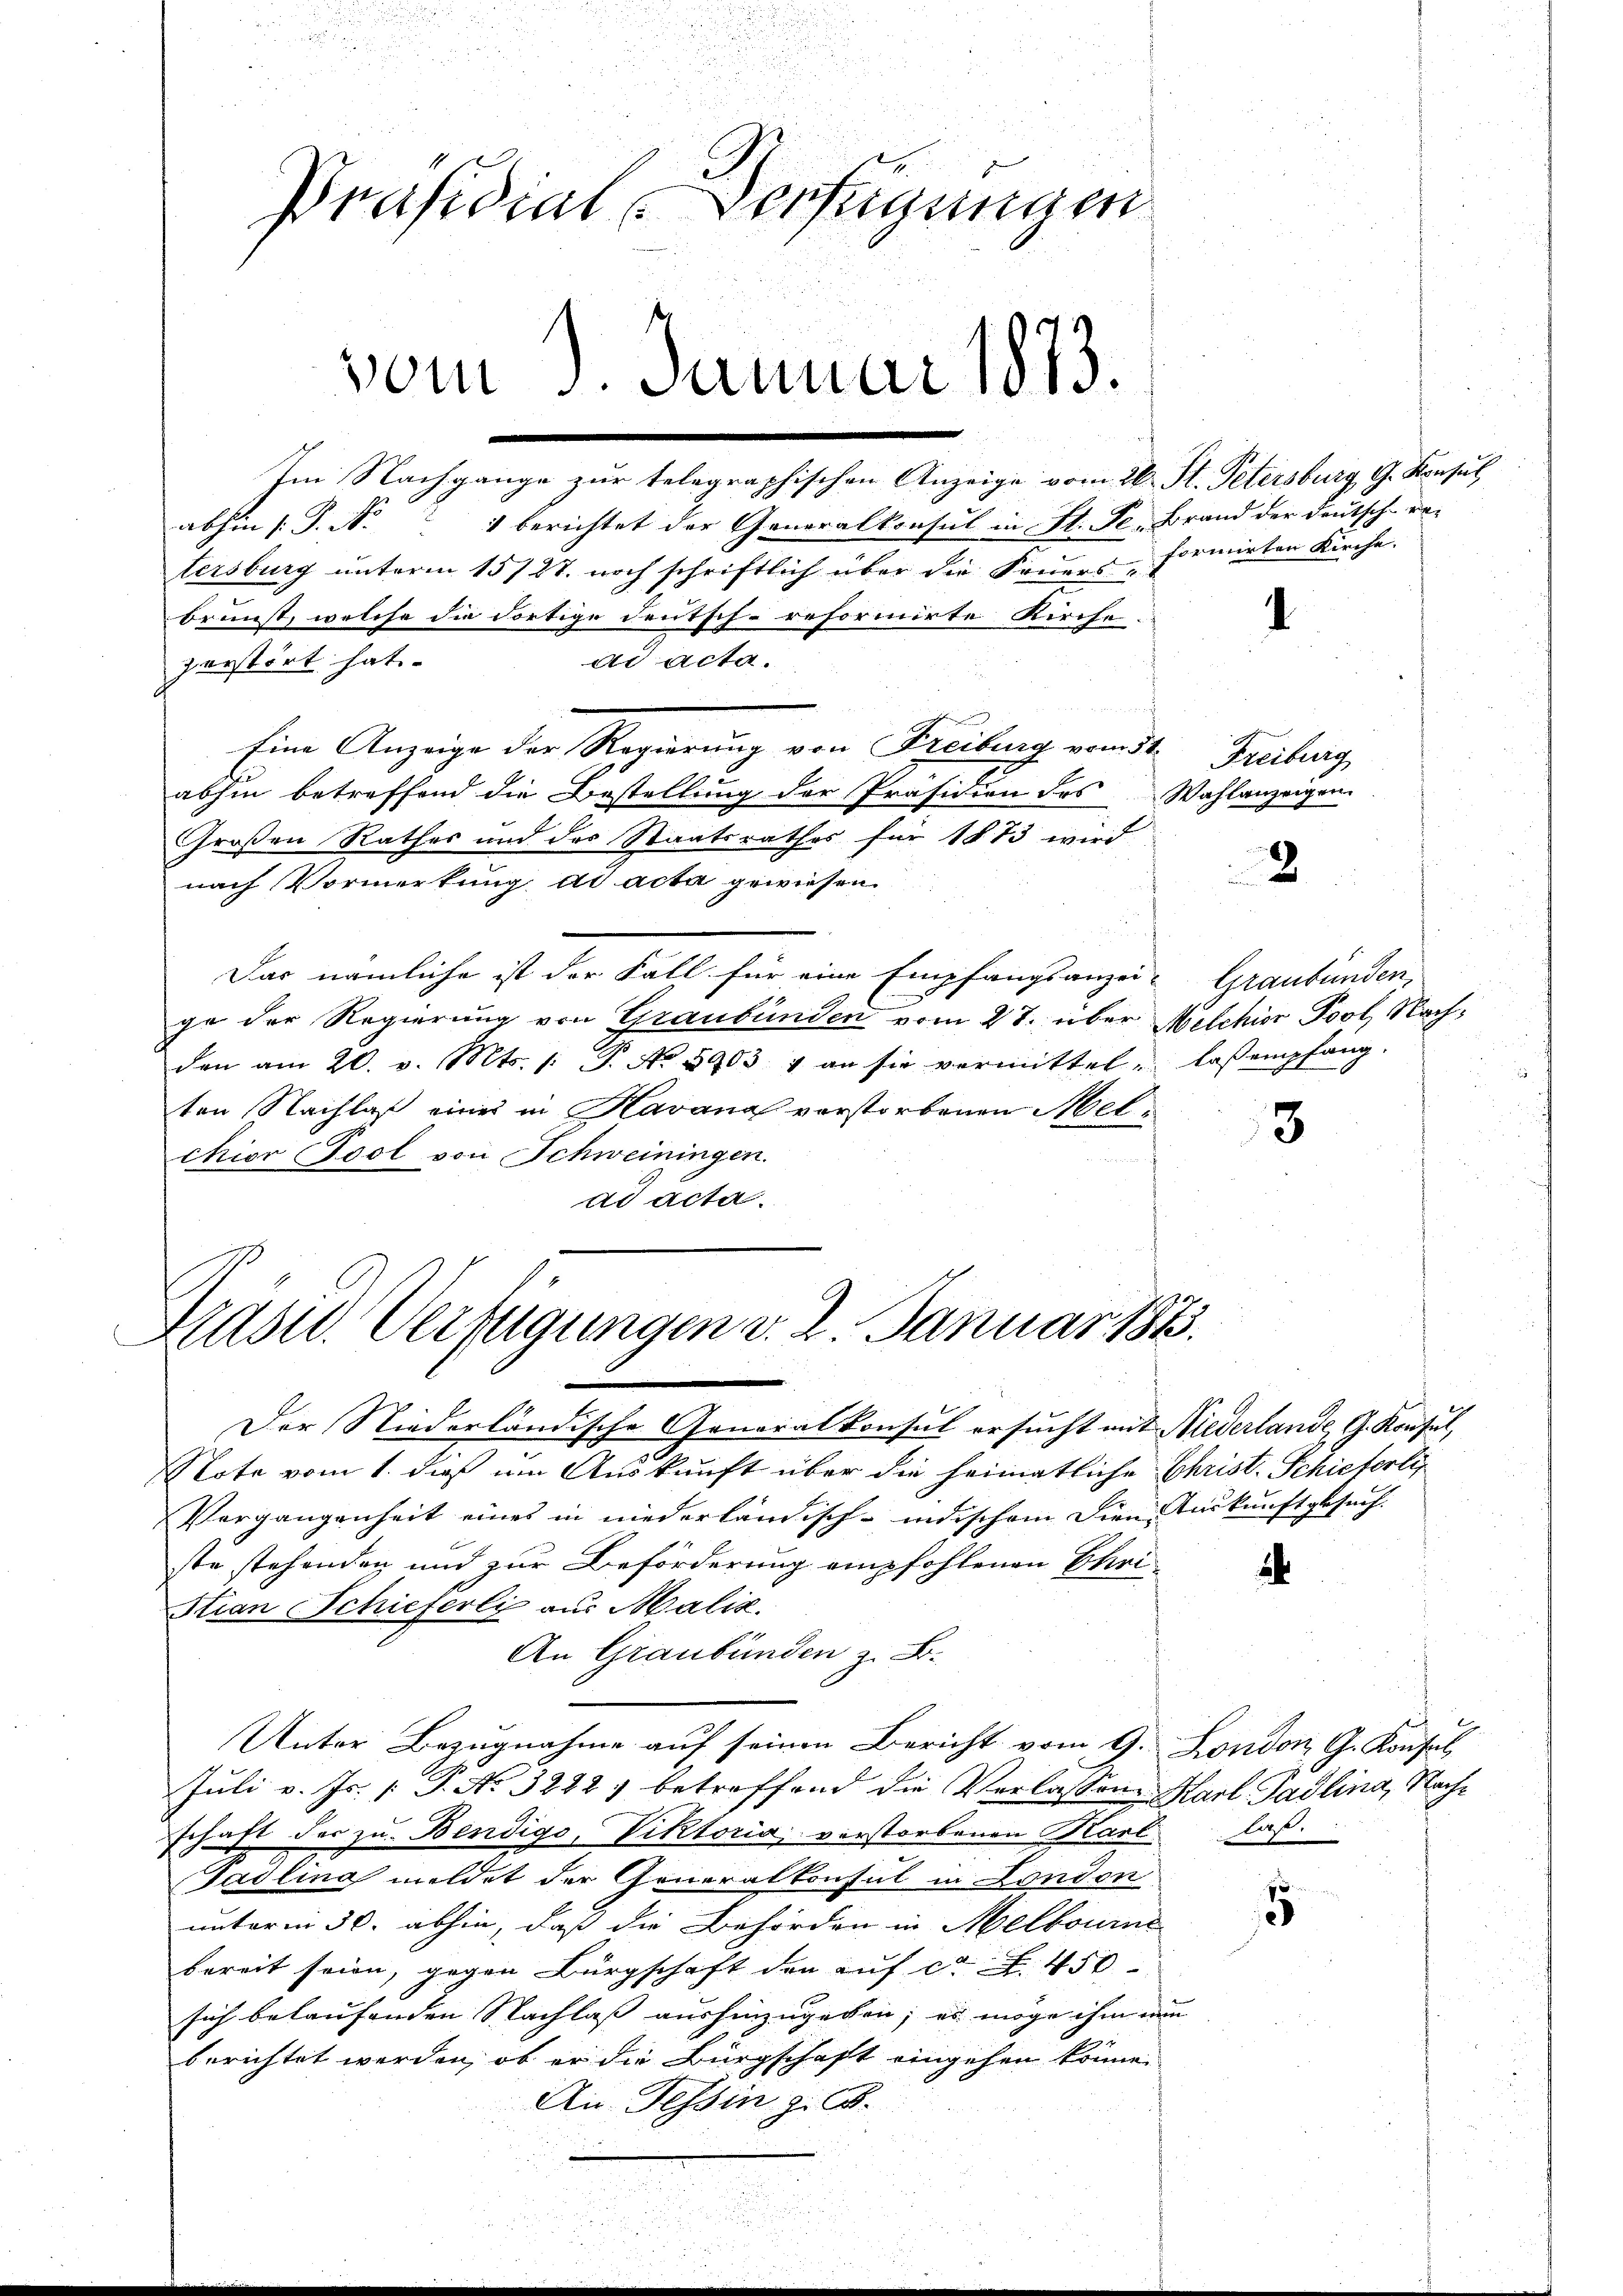
Präsidial-Verfügungen
vom 5. Januar 1813.

perstört hat.
nach Vormerkung ad acta gewiesen.
Das nämliche ist der Fall für eine Empfangsanzei- Graubünden,
ge der Regierung von Graubünden vom 27. über Melchior Post Nachden am 20. v. Mts. /: P. No 5903 v an sie vermittel. lasempfang-
ten Nachlaß einer in Havanal verstorbenen Melchior Cool von Schweiningen.
ad acta.

abhin s. S. N. 1 berichtet der Generalkonsul in St. Se. Brand der Deutsch-re-

Im Nachgange zur telegraphischen Anzeige vom 26. St. Petersburg, G. Konsul
tersburg unterm 15/27. noch schriftlich über die Feuers-
brunst, welche die dortige deutsch-reformirte Kirche
ad acta.
Eine Anzeige der Regierung von Freiburg vom 31.
abhin betreffend die Bestellung der Präsidien des Wahlanzeigen.
Großen Rathes und des Staatsrathes für 1873 wird

Präsid. Verfügungen v. 2. Januar 1873.

formirten Kirche.

Der Niederländische Generalkonsul ersucht mit Niederlande, G. Konsul,
Note vom 1. dieß im Auskunft über die heimatliche Christ. Schieferti¬
Vergangenheit eines in niederländisch-indischem Diene Auskunftgesuch.
ste stehenden und zur Beförderung empfohlenen Ehri¬
Stian Schieferli aus Maliz.
An Graubünden z. B.
Unter Bezugnahme auf seinen Bericht vom 9. London G. Konsul
Juli v. Js. [ P. No 3222 betreffend die Verlassen Karl Padling, Nachschaft der zu Bendigo, Viktoria verstorbenen Kart
Gadlina meldet der Generalkonsul in London
unterm 30. abhin, daß die Behörden in Melbourni
bereit seien, gegen Bürgschaft den auf ca. f. 450
sich belaufenden Nachlaß aushinzugeben; es möge ihm nun
berichtet werden, ob er die Bürgschaft eingehen könne.
Au. Tessin z. B.

I

Freiburg

2

3

a

1

Last.